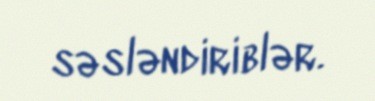
səsləndiriblər.